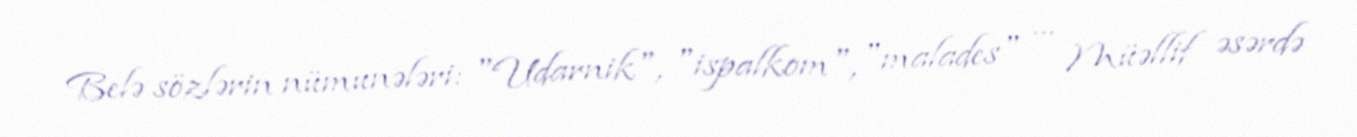
Belə sözlərin nümunələri: "Udarnik", "ispalkom", "malades" … Müəllif əsərdə